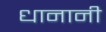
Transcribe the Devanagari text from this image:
धानानी